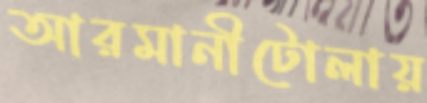
আরমানীটোলায়